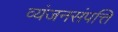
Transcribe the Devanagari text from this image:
व्यंजनसंपत्ति